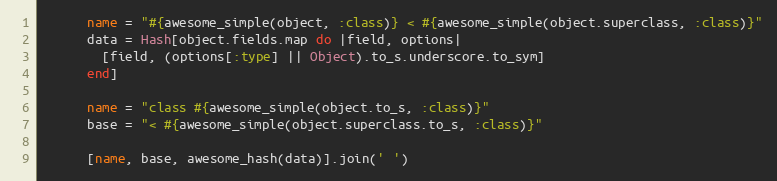
Language: Ruby
      name = "#{awesome_simple(object, :class)} < #{awesome_simple(object.superclass, :class)}"
      data = Hash[object.fields.map do |field, options|
        [field, (options[:type] || Object).to_s.underscore.to_sym]
      end]

      name = "class #{awesome_simple(object.to_s, :class)}"
      base = "< #{awesome_simple(object.superclass.to_s, :class)}"

      [name, base, awesome_hash(data)].join(' ')